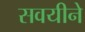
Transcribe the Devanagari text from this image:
सवयीने